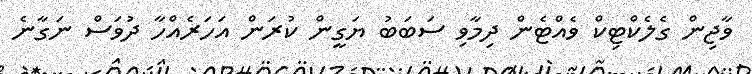
ވާޖިން ގެލެކްޓިކް ވެެއްޓެން ދިމާވި ސަބަބު ޔަގީން ކުރަން އަހަރެއްހާ ދުވަސް ނަގާނެ